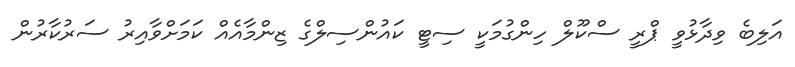
އަލިބެ ވިދާޅުވީ ޕްރީ ސްކޫލް ހިންގުމަކީ ސިޓީ ކައުންސިލްގެ ޒިންމާއެއް ކަމަށްވާއިރު ސަރުކާރުން